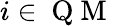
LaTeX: i\in\mathrm{~Q~M~}